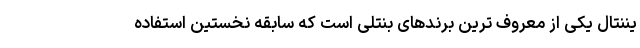
یننتال یکی از معروف ترین برندهای بنتلی است که سابقه نخستین استفاده